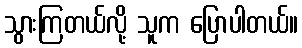
သွားကြတယ်လို့ သူက ပြောပါတယ်။